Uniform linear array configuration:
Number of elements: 24
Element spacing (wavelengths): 1
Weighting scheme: hamming
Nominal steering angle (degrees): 60
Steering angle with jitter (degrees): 59.554
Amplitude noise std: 0.05
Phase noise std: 0.05

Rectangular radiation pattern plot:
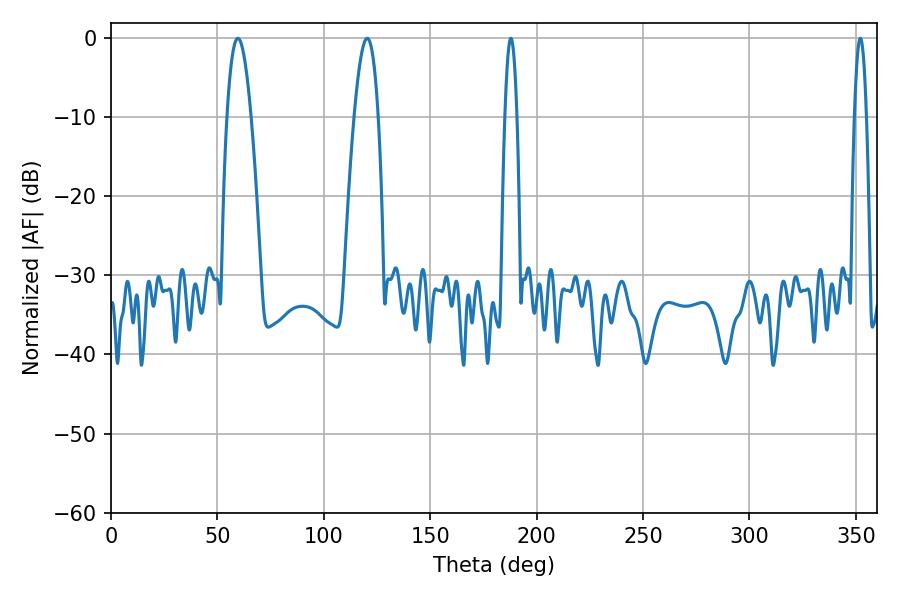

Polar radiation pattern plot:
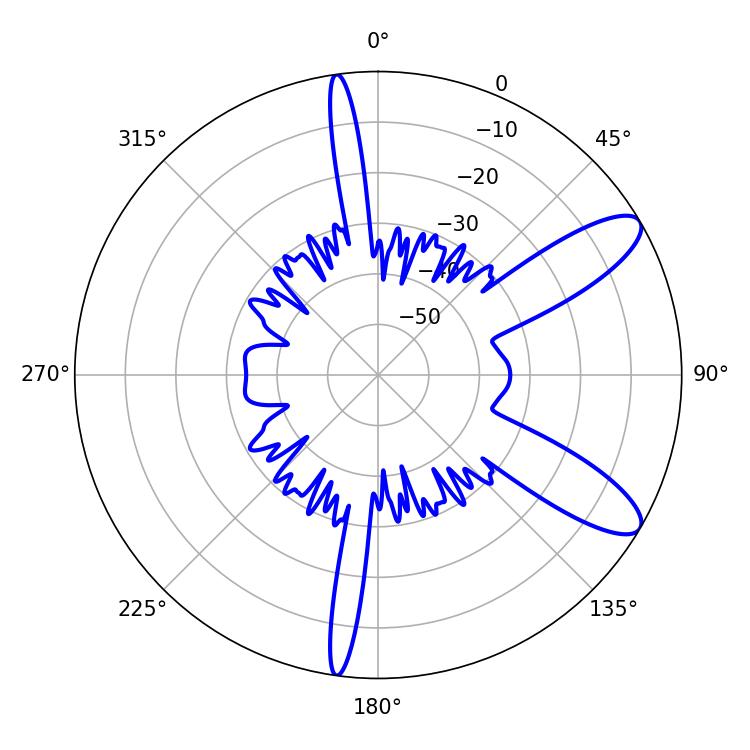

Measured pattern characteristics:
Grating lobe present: TRUE
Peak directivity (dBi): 10.306
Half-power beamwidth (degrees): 6.12
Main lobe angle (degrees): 59.58